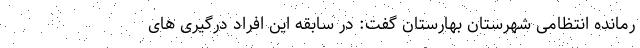
رمانده انتظامی شهرستان بهارستان گفت: در سابقه این افراد درگیری‌ های